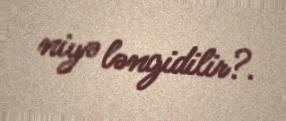
niyə ləngidilir?.